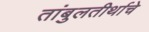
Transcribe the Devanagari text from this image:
तांबुलतीर्थाचे